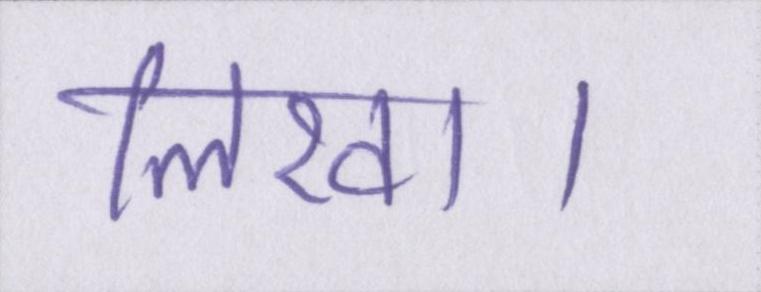
लिखा।